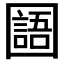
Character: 𡈰